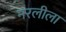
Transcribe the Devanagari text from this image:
नरलीला